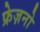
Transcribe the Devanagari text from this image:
फ्रेज़नो